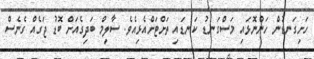
ހަށިގަނޑުން ހަންނޮޅައި މަސްގަނޑު ކަނޑައި ތަށްޓަށްއެޅިއެވެ. ސާލިމް ބަދިގެއަށް ބޮޑު ޖަގެއް ގެނެސް